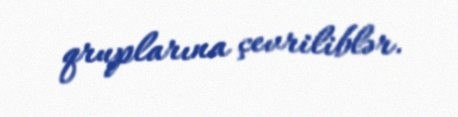
qruplarına çevriliblər.